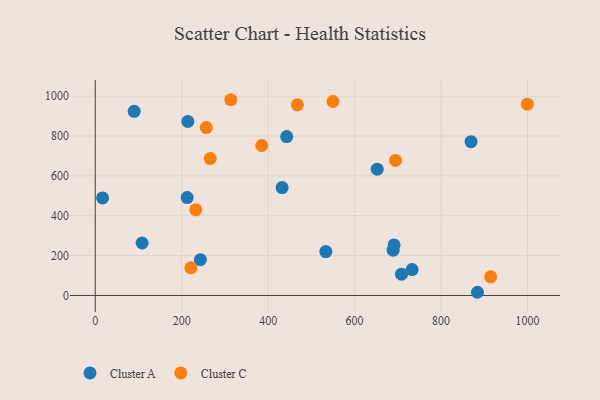
{"axis": {"x": "Ad Spend", "y": "Sales"}, "legend": ["Cluster A", "Cluster C"], "data": [{"x": "689.2", "y": 227.2, "type": "Cluster A"}, {"x": "17.1", "y": 489.4, "type": "Cluster A"}, {"x": "533.5", "y": 220.1, "type": "Cluster A"}, {"x": "442.9", "y": 797.4, "type": "Cluster A"}, {"x": "108.5", "y": 263.3, "type": "Cluster A"}, {"x": "733.0", "y": 130.2, "type": "Cluster A"}, {"x": "884.2", "y": 16.1, "type": "Cluster A"}, {"x": "708.5", "y": 106.8, "type": "Cluster A"}, {"x": "652.3", "y": 633.6, "type": "Cluster A"}, {"x": "212.7", "y": 491.4, "type": "Cluster A"}, {"x": "243.3", "y": 179.8, "type": "Cluster A"}, {"x": "214.2", "y": 873.2, "type": "Cluster A"}, {"x": "432.3", "y": 541.2, "type": "Cluster A"}, {"x": "691.3", "y": 253.6, "type": "Cluster A"}, {"x": "869.4", "y": 771.8, "type": "Cluster A"}, {"x": "90.1", "y": 924.1, "type": "Cluster A"}, {"x": "221.3", "y": 139.0, "type": "Cluster C"}, {"x": "914.8", "y": 93.4, "type": "Cluster C"}, {"x": "999.7", "y": 959.8, "type": "Cluster C"}, {"x": "467.8", "y": 956.5, "type": "Cluster C"}, {"x": "256.9", "y": 842.3, "type": "Cluster C"}, {"x": "232.6", "y": 429.6, "type": "Cluster C"}, {"x": "266.0", "y": 687.0, "type": "Cluster C"}, {"x": "694.8", "y": 677.8, "type": "Cluster C"}, {"x": "313.6", "y": 982.2, "type": "Cluster C"}, {"x": "549.9", "y": 973.3, "type": "Cluster C"}, {"x": "385.2", "y": 752.6, "type": "Cluster C"}]}